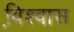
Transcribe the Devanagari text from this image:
वि़श्वास